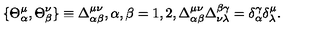
\{ \Theta _ { \alpha } ^ { \mu } , \Theta _ { \beta } ^ { \nu } \} \equiv \Delta _ { \alpha \beta } ^ { \mu \nu } , \alpha , \beta = 1 , 2 , \Delta _ { \alpha \beta } ^ { \mu \nu } \Delta _ { \nu \lambda } ^ { \beta \gamma } = \delta _ { \alpha } ^ { \gamma } \delta _ { \lambda } ^ { \mu } .